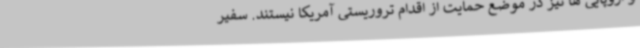
و اروپایی ها نیز در موضع حمایت از اقدام تروریستی آمریکا نیستند. سفیر